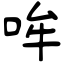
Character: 哞